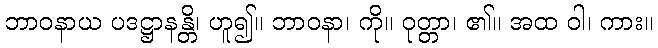
ဘာဝနာယ ပဒဋ္ဌာနန္တိ၊ ဟူ၍။ ဘာဝနာ၊ ကို။ ဝုတ္တာ၊ ၏။ အထ ဝါ၊ ကား။